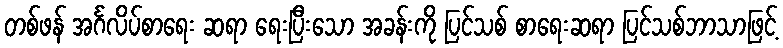
တစ်ဖန် အင်္ဂလိပ်စာရေး ဆရာ ရေးပြီးသော အခန်းကို ပြင်သစ် စာရေးဆရာ ပြင်သစ်ဘာသာဖြင့်